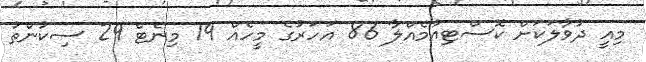
މިއީ ދުވާލަކަށް ކޮސްޓިއުމެއްލާ 86 އަހަރުގެ މީހެއް 19 މިނެޓް 29 ސިކުންތު